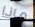
ماذا